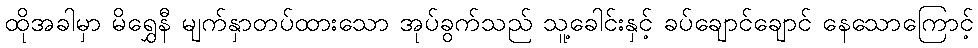
ထိုအခါမှာ မိရွှေနီ မျက်နှာတပ်ထားသော အုပ်ခွက်သည် သူ့ခေါင်းနှင့် ခပ်ချောင်ချောင် နေသောကြောင့်